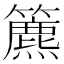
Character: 𥶔